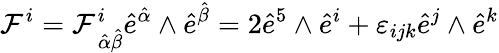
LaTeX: \mathcal{F}^{i}=\mathcal{F}_{\, {\hat{{\alpha}}}{\hat{{\beta}}}}^{i}{\hat{{e}}}^{\hat{{\alpha}}}\wedge{\hat{{e}}}^{\hat{{\beta}}}=2{\hat{{e}}}^{5}\wedge{\hat{{e}}}^{i}+\varepsilon_{ijk}{\hat{{e}}}^{j}\wedge{\hat{{e}}}^{k}